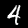
Label: 4